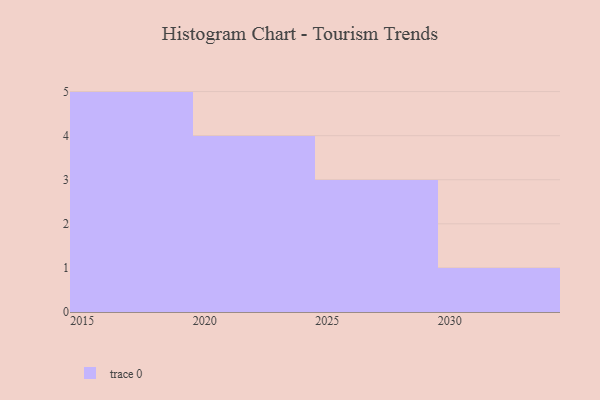
{"axis": {"x": "Year", "y": "Headcount"}, "legend": [""], "data": [{"x": "2017", "y": 99, "type": ""}, {"x": "2020", "y": 97, "type": ""}, {"x": "2028", "y": 5, "type": ""}, {"x": "2019", "y": 67, "type": ""}, {"x": "2018", "y": 13, "type": ""}, {"x": "2016", "y": 22, "type": ""}, {"x": "2030", "y": 56, "type": ""}, {"x": "2025", "y": 18, "type": ""}, {"x": "2022", "y": 50, "type": ""}, {"x": "2027", "y": 93, "type": ""}, {"x": "2021", "y": 18, "type": ""}, {"x": "2015", "y": 90, "type": ""}, {"x": "2024", "y": 52, "type": ""}]}